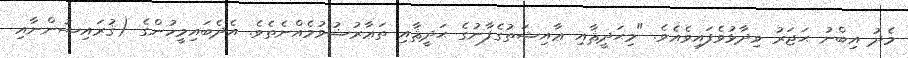
މެދު އިބްނު ޙަޖަރު ވިދާޅުވެފައިވެއެވެ. "މިޙަދީޘާއި ޢާއިޝަތުގެފާނުގެ ޙަދީޘާއި ތަޢާރުޟުވުމެއްނެތެވެ. އެދެބައިމީހުންގެ (ޤުރައިޝުންނާއި